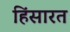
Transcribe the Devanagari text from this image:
हिंसारत